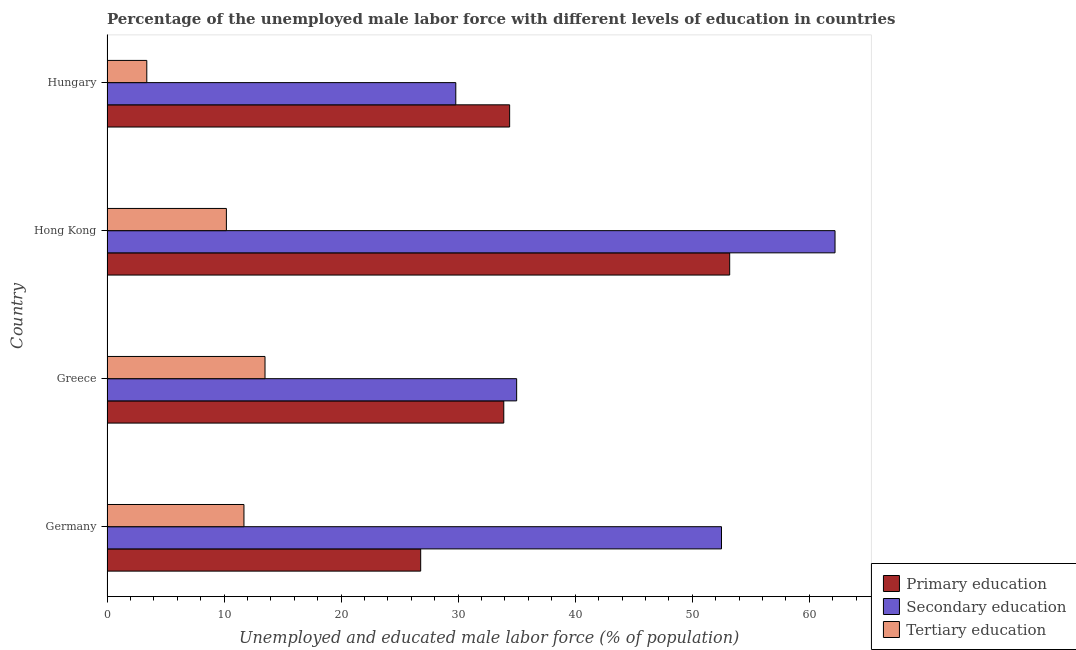
| Country | Primary education | Secondary education | Tertiary education |
 | --- | --- | --- | --- |
 | Germany | 26.8 | 52.5 | 11.7 |
 | Greece | 33.9 | 35 | 13.5 |
 | Hong Kong | 53.2 | 62.2 | 10.2 |
 | Hungary | 34.4 | 29.8 | 3.4 |